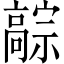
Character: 𬴚